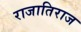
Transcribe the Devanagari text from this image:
राजातिराज